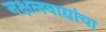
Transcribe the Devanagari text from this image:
नक्षलवाद्यांचा